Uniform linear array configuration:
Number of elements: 48
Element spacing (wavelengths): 0.75
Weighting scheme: cosine
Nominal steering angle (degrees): -60
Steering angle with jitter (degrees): -61.472
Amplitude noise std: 0.05
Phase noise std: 0.05

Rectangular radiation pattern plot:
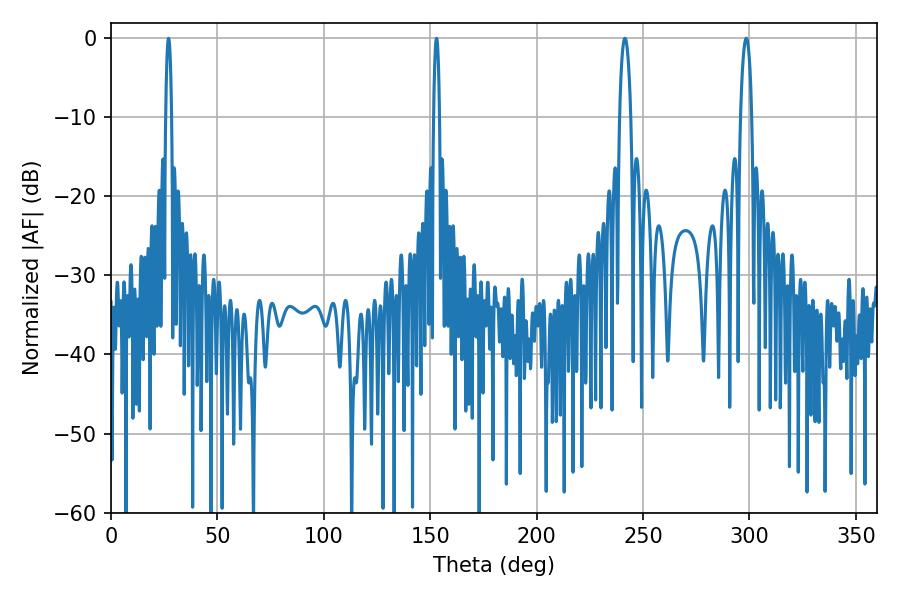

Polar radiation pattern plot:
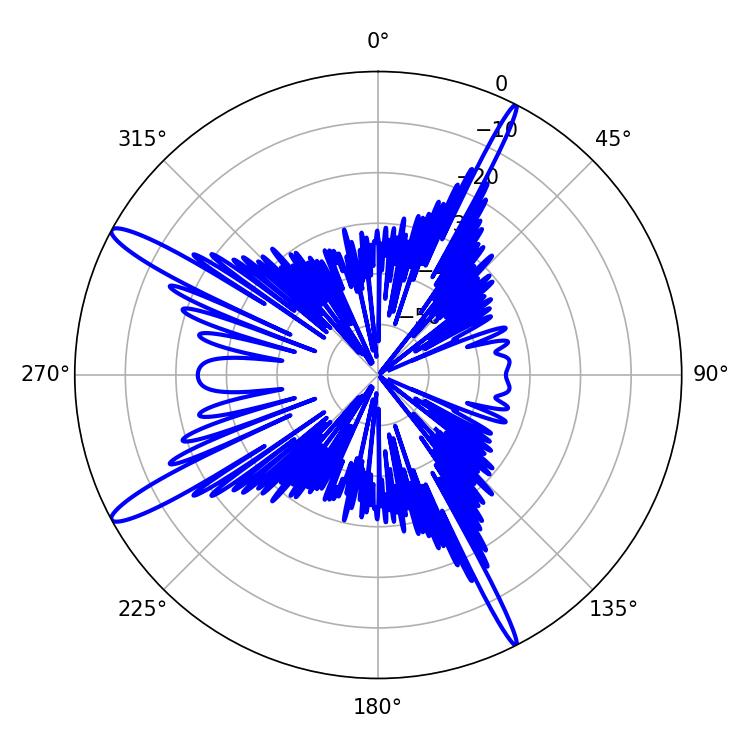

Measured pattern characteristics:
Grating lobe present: TRUE
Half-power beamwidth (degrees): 2.88
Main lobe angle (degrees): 298.44